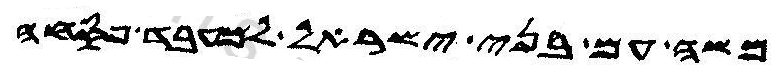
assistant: משה עם בני ישראל למעבד פסחה